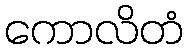
ကောလိတံ